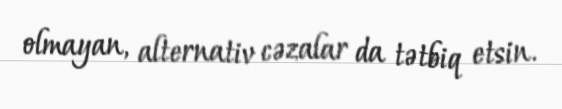
olmayan, alternativ cəzalar da tətbiq etsin.